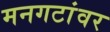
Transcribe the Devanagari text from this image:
मनगटांवर